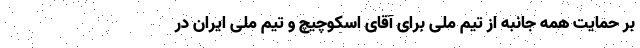
بر حمایت همه جانبه از تیم ملی برای آقای اسکوچیچ و تیم ملی ایران در